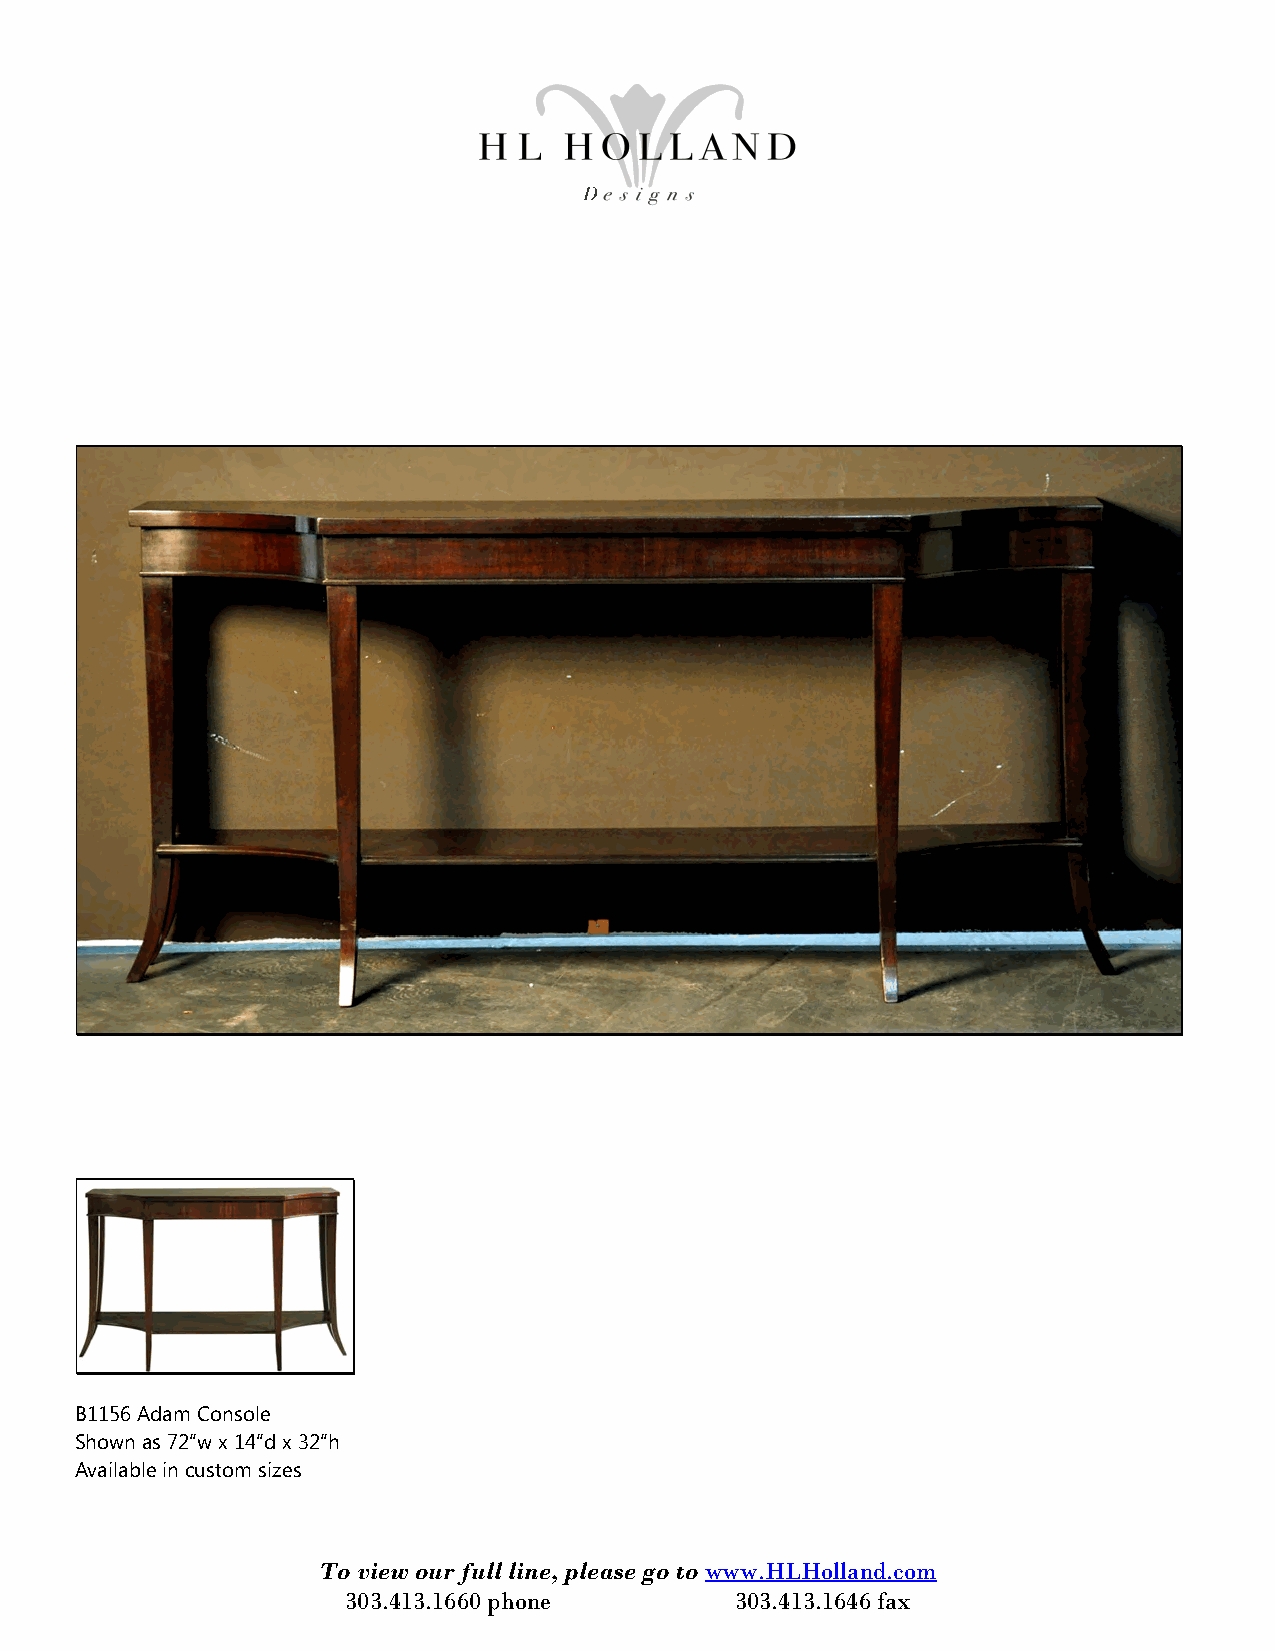
B1156 Adam Console
 Shown as 72“w x 14“d x 32“h
 Available in custom sizes
 To view our full line, please go to www.HLHolland.com
 303.413.1660 phone        303.413.1646 fax